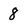
Character: 8